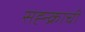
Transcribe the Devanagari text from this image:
सह्न्क्राची